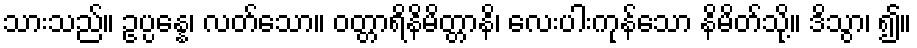
သားသည်။ ဥပ္ပန္နေ၊ လတ်သော။ ဝတ္တာရိနိမိတ္တာနိ၊ လေးပါးကုန်သော နိမိတ်သို့။ ဒိသွာ၊ ၍။